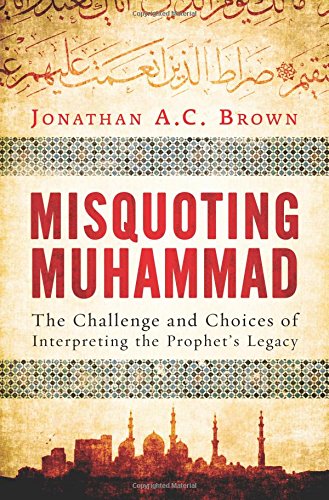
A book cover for Misquoting Muhammad: The Challenge and Choices of Interpreting the Prophet's Legacy; Jonathan A.C. Brown; Religion & Spirituality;